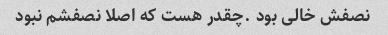
نصفش خالی بود .چقدر هست که اصلا نصفشم نبود